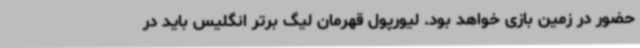
حضور در زمین بازی خواهد بود. لیورپول قهرمان لیگ برتر انگلیس باید در